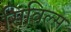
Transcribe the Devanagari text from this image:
सिविल्स